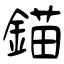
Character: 錨